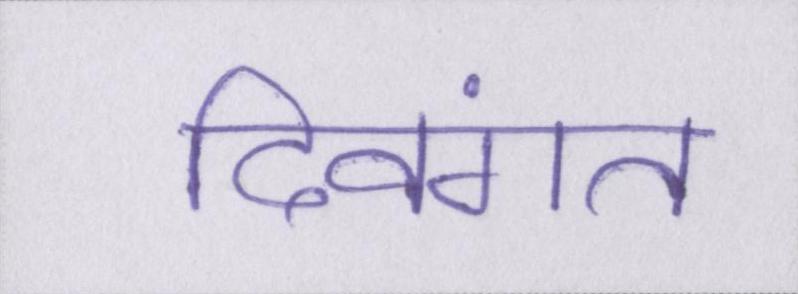
दिवंगत